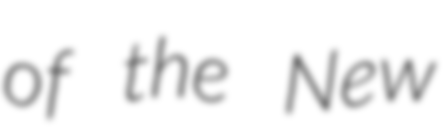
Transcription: of the New